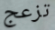
تزعج